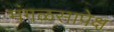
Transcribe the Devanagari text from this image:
मंगळसापेक्ष